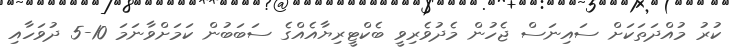
ކުރު މުއްދަތަކަށް ސައިނަސް ޖެހުން މެދުވެރިވީ ބެކްޓީރިޔާއެއްގެ ސަބަބުން ކަމަށްވާނަމަ 10-5 ދުވަހާއި